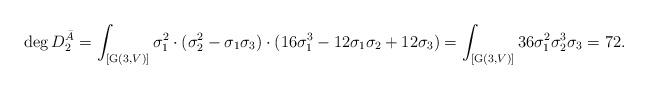
LaTeX: \begin{align*} \deg D^{\bar{A}}_2=\int_{ [\mathrm{G}(3,V)]}\sigma_1^2\cdot (\sigma_2^2-\sigma_1\sigma_3)\cdot (16\sigma_1^3-12\sigma_1\sigma_2+12\sigma_3)=\int_{ [\mathrm{G}(3,V)]}36 \sigma_1^2\sigma_2^3\sigma_3=72. \end{align*}